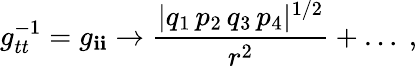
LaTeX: g_{tt}^{-1}=g_{\mathbf{i}\mathbf{i}}\rightarrow{\frac{{|q_{1}\, p_{2}\, q_{3}\, p_{4}|^{1/2}}}{{r^{2}}}}+\dots\ ,